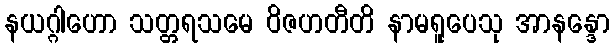
နယဂ္ဂါဟော သတ္တရသမေ ဝိဇဟတီတိ နာမရူပေသု အာနန္ဒော